Sketch of the medical history of the native army of Bombay, for the year
Year: 1872
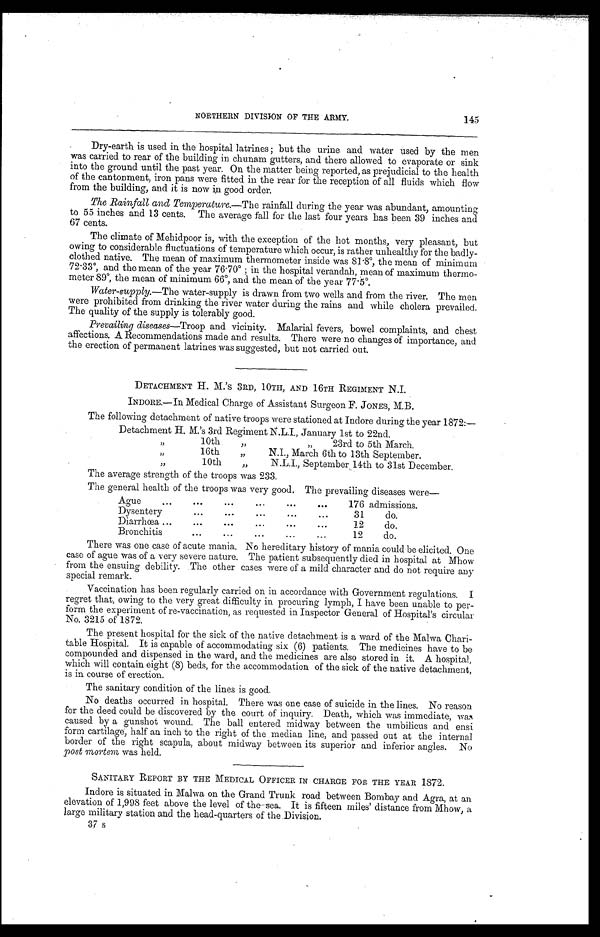
NORTHERN DIVISION OF THE ARMY.
145
Dry-earth is used in the hospital latrines; but the urine and water used by the men
was carried to rear of the building in chunam gutters, and there allowed to evaporate or sink
into the ground until the past year. On the matter being reported, as prejudicial to the health
of the cantonment, iron pans were fitted in the rear for the reception of all fluids which flow
from the building, and it is now in good order.
The Rainfall and Temperature.—The rainfall during the year was abundant, amounting
to 55 inches and 13 cents. The average fall for the last four years has been 39 inches and
67 cents.
The climate of Mehidpoor is, with the exception of the hot months, very pleasant, but
owing to considerable fluctuations of temperature which occur, is rather unhealthy for the badly
-clothed native. The mean of maximum thermometer inside was 81.8º, the mean of minimum
72.33º, and the mean of the year 76.70º in the hospital verandah, mean of maximum thermo
-meter 89º, the mean of minimum 66º, and the mean of the year 77.5º.
Water-supply.—The water-supply is drawn from two wells and from the river. The men
were prohibited from drinking the river water during the rains and while cholera prevailed.
The quality of the supply is tolerably good.
Prevailing diseases— Troop and vicinity. Malarial fevers, bowel complaints, and chest
affections. A. Recommendations made and results. There were no changes of importance, and
the erection of permanent latrines was suggested, but not carried out.
DETACHMENT H. M.'s 3RD, 10TH, AND 16TH REGIMENT N.I.
INDORE.—In Medical Charge of Assistant Surgeon F. JONES, M.B.
The following detachment of native troops were stationed at Indore during the year 1872:—
Detachment H. M.'s 3rd Regiment N.L.I., January 1st to 22nd.
" 1 0 t h
"
" 23rd to 5th March.
" 16th "
N.I., March 6th to 13th September.
" 1 0 t h "
N.L.I., September 14th to 31st December.
The average strength of the troops was 233.
The general health of the troops was very good. The prevailing diseases were
Ague
.
.
.
176 admissions.
Dysentery . . .
31
do.
Diarrhœa . . .
12
do.
Bronchitis . . .
12
do.
There was one case of acute mania. No hereditary history of mania could be elicited. One
case of ague was of a very severe nature. The patient subsequently died. in hospital at Mhow
from the ensuing debility. The other cases were of a mild character and do not require any
special remark.
Vaccination has been regularly carried on in accordance with Government regulations. I
regret that, owing to the very great difficulty in procuring lymph, I have been unable to per
-form the experiment of re-vaccination, as requested in Inspector General of Hospital's circular
No. 3215 of 1872.
The present hospital for the sick of the native detachment is a ward of the Malwa Chari
-table Hospital. It is capable of accommodating six (6) patients. The medicines have to be
compounded and dispensed in the ward, and the medicines are also stored in it. A hospital,
which will contain eight (8) beds, for the accommodation of the sick of the native detachment,
is in course of erection.
The sanitary condition of the lines is good.
No deaths occurred in hospital. There was one case of suicide in the lines. No reason
for the deed could be discovered by the court of inquiry. Death, which was immediate, was
caused by a gunshot wound. The ball entered midway between the umbilicus and ensi
form cartilage, half an inch to the right of the median line, and passed out at the internal
border of the right scapula, about midway between its superior and inferior angles. No
post mortem was held.
SANITARY REPORT BY THE MEDICAL OFFICER IN CHARGE FOR THE YEAR 1872.
Indore is situated in Maiwa on the Grand Trunk road between Bombay and Agra, at an
elevation of 1,998 feet above the level of the sea. It is fifteen miles' distance from Mhow, a
large military station and the head-quarters of the Division.
37 s